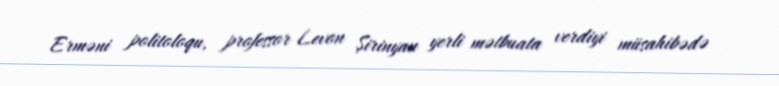
Erməni politoloqu, professor Levon Şirinyan yerli mətbuata verdiyi müsahibədə